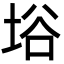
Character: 﨏